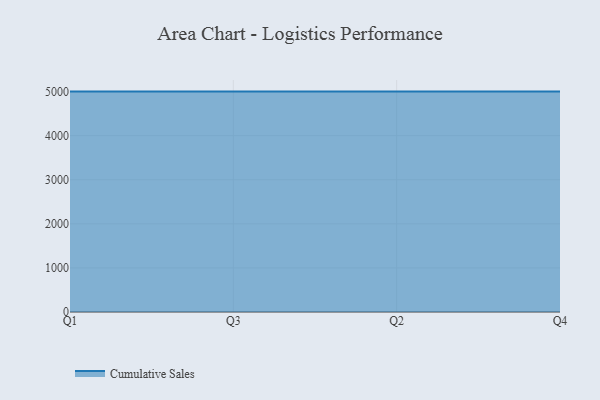
{"axis": {"x": "Quarter", "y": "Shipments"}, "legend": ["Cumulative Sales"], "data": [{"x": "Q1", "y": 5000, "type": "Cumulative Sales"}, {"x": "Q3", "y": 5000, "type": "Cumulative Sales"}, {"x": "Q2", "y": 5000, "type": "Cumulative Sales"}, {"x": "Q4", "y": 5000, "type": "Cumulative Sales"}]}